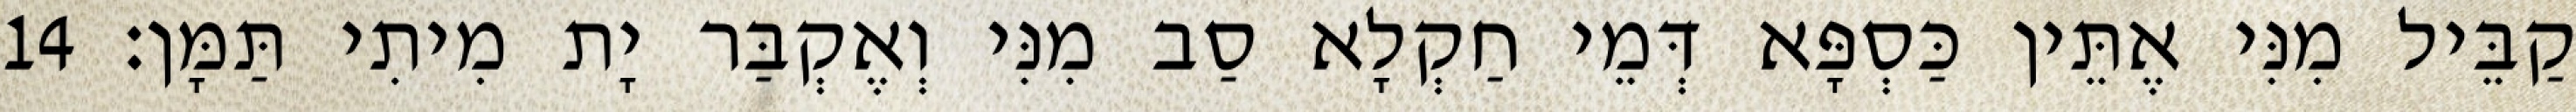
קַבֵּיל מִנִּי אֶתֵּין כַּסְפָּא דְּמֵי חַקְלָא סַב מִנִּי וְאֶקְבַּר יָת מִיתִי תַּמָּן׃ 14